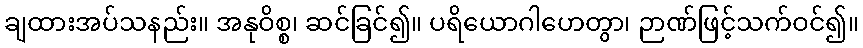
ချထားအပ်သနည်း။ အနုဝိစ္စ၊ ဆင်ခြင်၍။ ပရိယောဂါဟေတွာ၊ ဉာဏ်ဖြင့်သက်ဝင်၍။